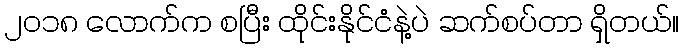
၂၀၁၈ လောက်က စပြီး ထိုင်းနိုင်ငံနဲ့ပဲ ဆက်စပ်တာ ရှိတယ်။